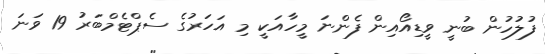
ފުލުހުން ބުނީ ވީޑިއޯއިން ފެންނަ މީހާއަކީ މި އަހަރުގެ ސެޕްޓެމްބަރު 19 ވަނަ